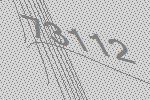
73112